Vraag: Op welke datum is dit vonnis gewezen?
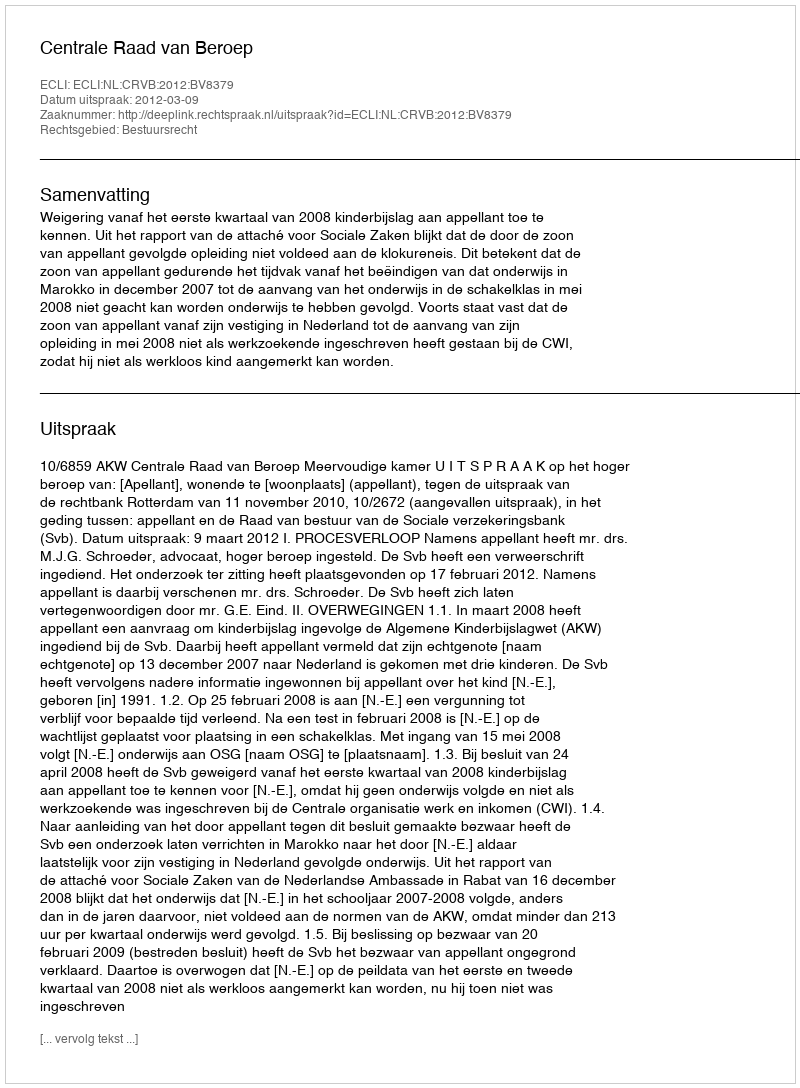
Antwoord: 2012-03-09